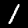
Label: 1